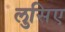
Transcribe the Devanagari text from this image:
लुसिए